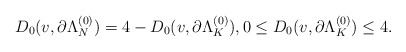
\begin{align*}D_0(v,\partial\Lambda_N^{(0)}) = 4 - D_0(v,\partial\Lambda_K^{(0)}), 0 \leq D_0(v,\partial\Lambda_K^{(0)}) \leq 4.\end{align*}